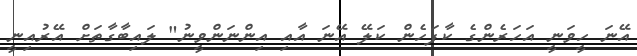
އޭނަ ހީވަނީ އަހަރެންގެ ކާފަހެން ކަލޭ އޭނަ އާއި އިންނަންވީނު" ލައިބާގާތަށް އޭރުއިނީ